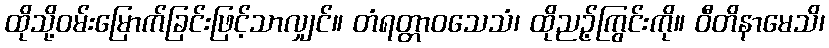
ထိုသို့ဝမ်းမြောက်ခြင်းဖြင့်သာလျှင်။ တံရတ္တာဝသေသံ၊ ထိုညဉ့်ကြွင်းကို။ ဝီတိနာမေသိ၊